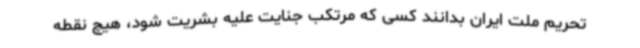
تحریم ملت ایران بدانند کسی که مرتکب جنایت علیه بشریت شود، هیچ نقطه